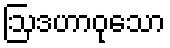
ဩဒဟာဝုသော